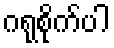
ဂရုစိုက်ပါ